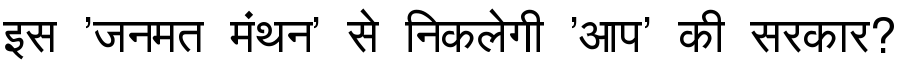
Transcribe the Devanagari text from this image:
इस 'जनमत मंथन' से निकलेगी 'आप' की सरकार?